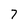
Character: 7